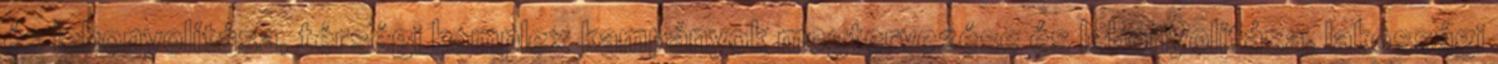
és lebonyolítása, térségi komplex kampányok megtervezése és lebonyolítása, lakossági